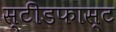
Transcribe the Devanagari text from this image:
स्टीडफास्ट